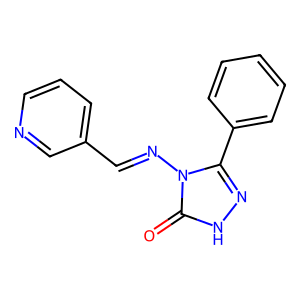
SMILES: O=c1[nH]nc(-c2ccccc2)n1N=Cc1cccnc1
Inhibits HIV replication: No